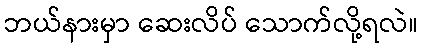
ဘယ်နားမှာ ဆေးလိပ် သောက်လို့ရလဲ။